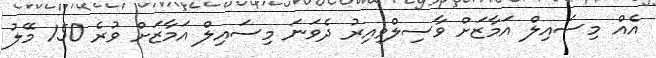
އެއް މިސައިލް އަމާޒަށް ވާސިލްވިއިރު ދެވަނަ މިސައިލް އަމާޒަށް ވުރެ 150 މޭލު